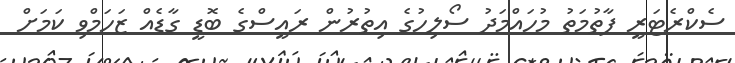
ސެކްރެޓަރީ ފާތުމަތު މުހައްމަދު ސޯލިހުގެ އިތުރުން ރައީސްގެ ބޮޑީ ގާޑެއް ޒަހަމްވި ކަމަށް